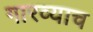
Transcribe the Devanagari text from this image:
गारव्याच